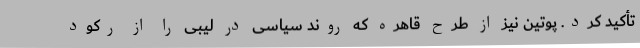
تأکید کرد. پوتین نیز از طرح قاهره که روند سیاسی در لیبی را از رکود